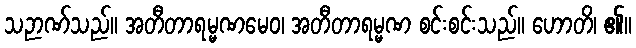
သဉာဏ်သည်။ အတီတာရမ္မဏမေဝ၊ အတီတာရမ္မဏ စင်းစင်းသည်။ ဟောတိ၊ ၏။